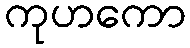
ကုဟကော